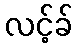
လင့်ခ်